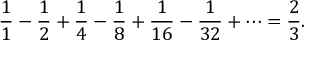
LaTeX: { \frac { 1 } { 1 } } - { \frac { 1 } { 2 } } + { \frac { 1 } { 4 } } - { \frac { 1 } { 8 } } + { \frac { 1 } { 1 6 } } - { \frac { 1 } { 3 2 } } + \cdots = { \frac { 2 } { 3 } } .